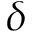
\delta